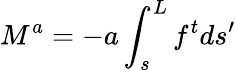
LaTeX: M^{a}=-a\int_{s}^{L}f^{t}ds^{\prime}